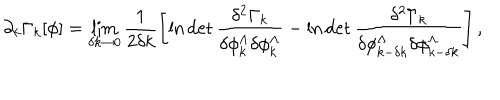
\partial _ { k } \Gamma _ { k } [ \phi ] = \lim _ { \delta k \to 0 } \frac { 1 } { 2 \delta k } \left[ \ln \det \frac { \delta ^ { 2 } \Gamma _ { k } } { \delta \phi _ { k } ^ { \Lambda } \delta \phi _ { k } ^ { \Lambda } } - \ln \det \frac { \delta ^ { 2 } \Gamma _ { k } } { \delta \phi _ { k - \delta k } ^ { \Lambda } \delta \phi _ { k - \delta k } ^ { \Lambda } } \right] ,